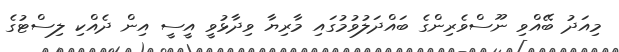
މިއަދު ބޭއްވި ނޫސްވެރިންގެ ބައްދަލުވުމުގައި މާރިޔާ ވިދާޅުވީ އީސީ އިން ދެއްކި ލިސްޓުގެ